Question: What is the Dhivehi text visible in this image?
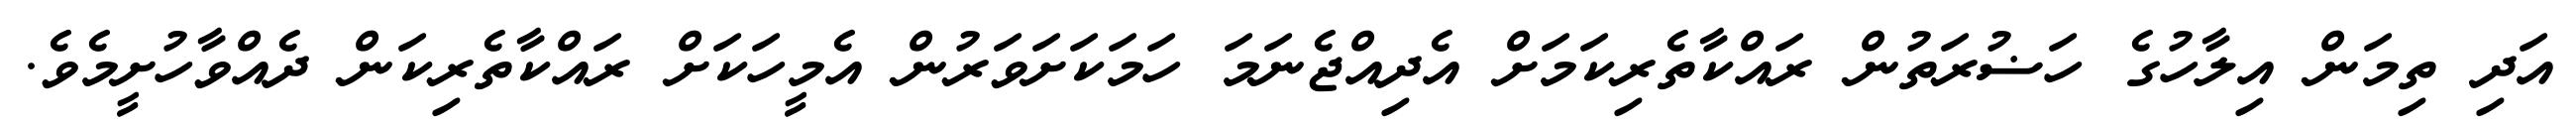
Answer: އަދި ތިމަން އިލާހުގެ ހަޟުރަތުން ރައްކާތެރިކަމަށް އެދިއްޖެނަމަ ހަމަކަށަވަރުން އެމީހަކަށް ރައްކާތެރިކަން ދެއްވާހުށީމެވެ.